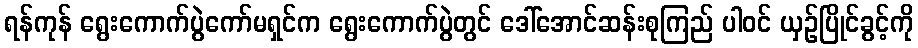
ရန်ကုန် ရွေးကောက်ပွဲကော်မရှင်က ရွေးကောက်ပွဲတွင် ဒေါ်အောင်ဆန်းစုကြည် ပါဝင် ယှဉ်ပြိုင်ခွင့်ကို